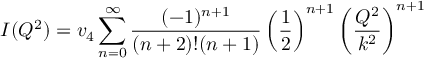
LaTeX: I ( Q ^ { 2 } ) = v _ { 4 } \sum _ { n = 0 } ^ { \infty } \frac { ( - 1 ) ^ { n + 1 } } { ( n + 2 ) ! ( n + 1 ) } \left( \frac { 1 } { 2 } \right) ^ { n + 1 } \left( \frac { Q ^ { 2 } } { k ^ { 2 } } \right) ^ { n + 1 }